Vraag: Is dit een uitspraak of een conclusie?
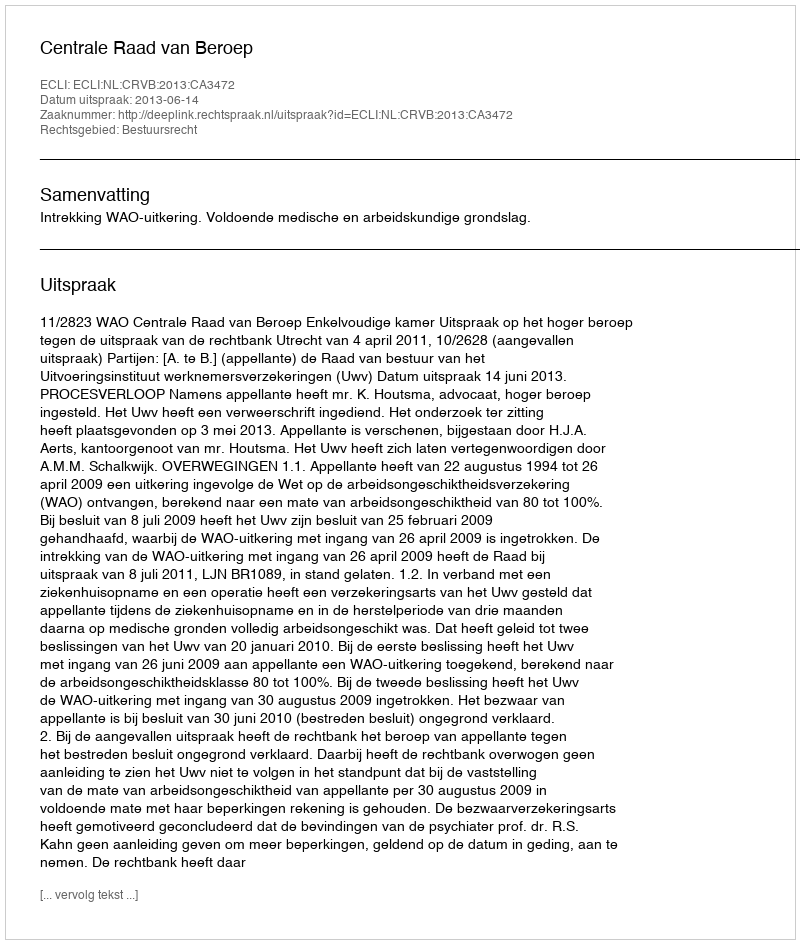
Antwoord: Uitspraak